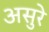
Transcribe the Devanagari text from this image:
असुरे